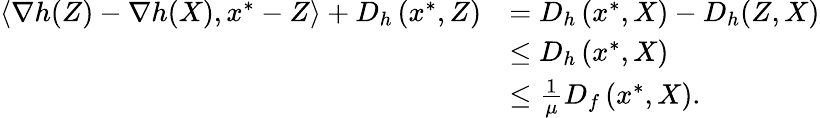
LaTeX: \begin{array}{rl}{\left\langle\nabla h(Z)-\nabla h(X),x^{*}-Z\right\rangle+D_{h}\left(x^{*},Z\right)}&{=D_{h}\left(x^{*},X\right)-D_{h}(Z,X)}\\ &{\leq D_{h}\left(x^{*},X\right)}\\ &{\leq\frac{1}{\mu}D_{f}\left(x^{*},X\right).}\end{array}